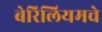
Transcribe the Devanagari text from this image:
बेरिलियमचे